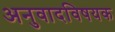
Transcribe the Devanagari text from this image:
अनुवादविषयक